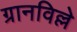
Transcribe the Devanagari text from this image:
ग्रानविल्ले